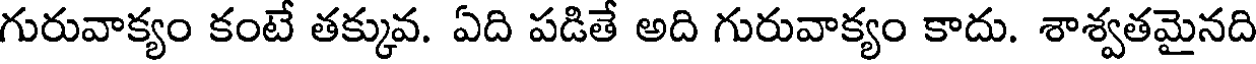
గురువాక్యం కంటే తక్కువ. ఏది పడితే అది గురువాక్యం కాదు. శాశ్వతమైనది